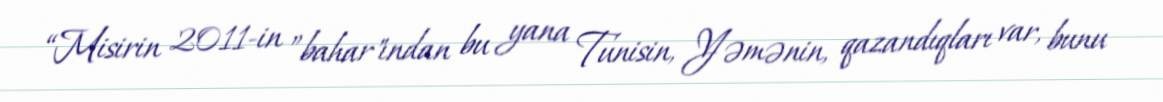
“Misirin 2011-in ”bahar"ından bu yana Tunisin, Yəmənin, qazandıqları var, bunu